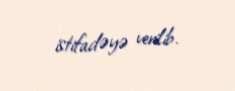
istifadəyə verilib.